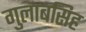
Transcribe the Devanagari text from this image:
गुलाबसिह